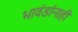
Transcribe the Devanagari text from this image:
भावंडांनाही